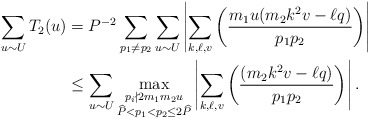
\begin{align*}\sum_{u\sim U}T_2(u)&=P^{-2}\sum_{p_1\neq p_2}\sum_{u\sim U}\left|\sum_{k,\ell,v}\left(\dfrac{m_1u(m_2k^2v-\ell q)}{p_1p_2}\right)\right| \\&\leq \sum_{u\sim U}\max_{\substack{p_i\nmid 2m_1m_2u\\ \widehat{P} < p_1 < p_2\leq 2\widehat{P}}}\left|\sum_{k,\ell,v}\left(\dfrac{(m_2k^2v-\ell q)}{p_1p_2}\right)\right|.\end{align*}